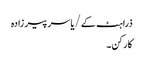
ذراہٹ کے/یاسر پیر زادہ
کارکن۔